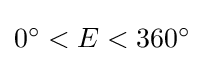
{\textstyle 0^{\circ }<E<360^{\circ }}